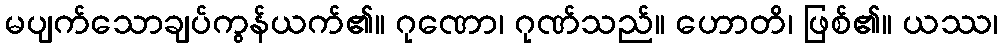
မပျက်သောချပ်ကွန်ယက်၏။ ဂုဏော၊ ဂုဏ်သည်။ ဟောတိ၊ ဖြစ်၏။ ယဿ၊